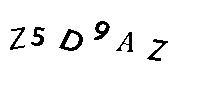
Z5D9AZ